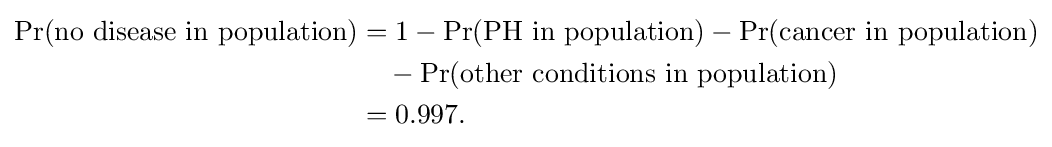
{\begin{aligned}\Pr({\text{no disease in population}})&=1-\Pr({\text{PH in population}})-\Pr({\text{cancer in population}})\\&{}\quad -\Pr({\text{other conditions in population}})\\&{}=0.997.\end{aligned}}